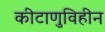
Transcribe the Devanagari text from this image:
कीटाणुविहीन